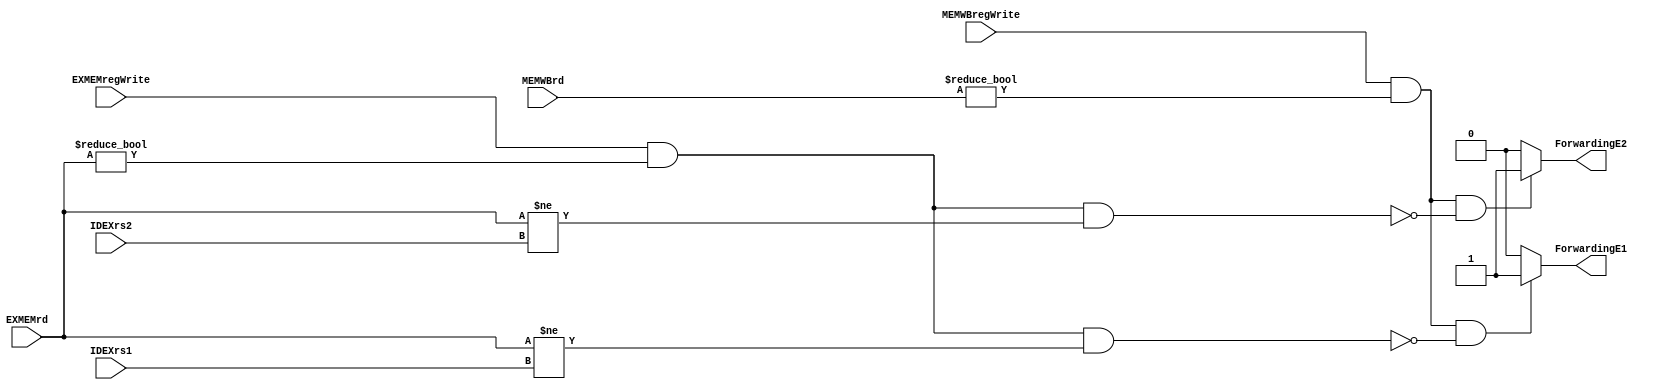
module ForwardingUnit(
    IDEXrs1,
    IDEXrs2,
    MEMWBrd,
    MEMWBregWrite,
    EXMEMrd,
    EXMEMregWrite,
    ForwardingE1,
    ForwardingE2
);

input [4:0] IDEXrs1;
input [4:0] IDEXrs2;
input [4:0] MEMWBrd;
input [4:0] EXMEMrd;
input MEMWBregWrite;
input EXMEMregWrite;
output reg ForwardingE1;
output reg ForwardingE2;

always @* begin 
    if(MEMWBregWrite & (MEMWBrd != 0) & !(EXMEMregWrite & (EXMEMrd != 0) & (EXMEMrd != IDEXrs1)))
        ForwardingE1 <= 1'b1;
    else ForwardingE1 <= 1'b0;
end

always @* begin
    if(MEMWBregWrite & (MEMWBrd != 0) & !(EXMEMregWrite & (EXMEMrd != 0) & (EXMEMrd != IDEXrs2)))
        ForwardingE2 <= 1'b1;
    else ForwardingE2 <= 1'b0;
end

endmodule